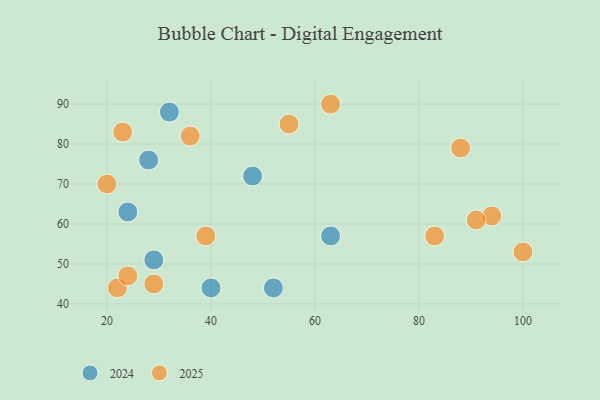
{"axis": {"x": "GDP", "y": "Life Expectancy"}, "legend": ["2024", "2025"], "data": [{"x": "63", "y": 57, "type": "2024"}, {"x": "24", "y": 63, "type": "2024"}, {"x": "29", "y": 51, "type": "2024"}, {"x": "52", "y": 44, "type": "2024"}, {"x": "40", "y": 44, "type": "2024"}, {"x": "32", "y": 88, "type": "2024"}, {"x": "48", "y": 72, "type": "2024"}, {"x": "28", "y": 76, "type": "2024"}, {"x": "83", "y": 57, "type": "2025"}, {"x": "63", "y": 90, "type": "2025"}, {"x": "55", "y": 85, "type": "2025"}, {"x": "22", "y": 44, "type": "2025"}, {"x": "94", "y": 62, "type": "2025"}, {"x": "100", "y": 53, "type": "2025"}, {"x": "36", "y": 82, "type": "2025"}, {"x": "91", "y": 61, "type": "2025"}, {"x": "23", "y": 83, "type": "2025"}, {"x": "29", "y": 45, "type": "2025"}, {"x": "20", "y": 70, "type": "2025"}, {"x": "39", "y": 57, "type": "2025"}, {"x": "88", "y": 79, "type": "2025"}, {"x": "24", "y": 47, "type": "2025"}]}